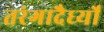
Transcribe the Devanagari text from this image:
तरंगादैर्ध्यों